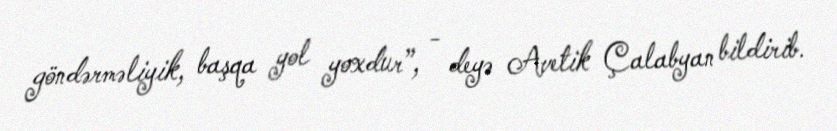
göndərməliyik, başqa yol yoxdur”, - deyə Avetik Çalabyan bildirib.